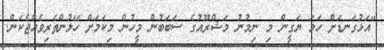
"އަޅުގަނޑަށް ހަމަ ޔަގީން މި ނިމުނު މަޝްރޫއުގެ ސަބަބުން މީހުން މިކަމަށް ހޭލުންތެރިވެއްޖެކަން.